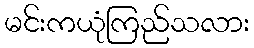
မင်းကယုံကြည်သလား